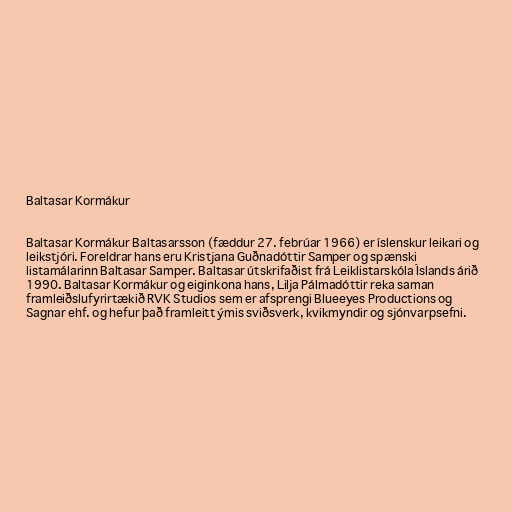
Baltasar Kormákur

Baltasar Kormákur Baltasarsson (fæddur 27. febrúar 1966) er íslenskur leikari og
leikstjóri. Foreldrar hans eru Kristjana Guðnadóttir Samper og spænski
listamálarinn Baltasar Samper. Baltasar útskrifaðist frá Leiklistarskóla Íslands árið
1990. Baltasar Kormákur og eiginkona hans, Lilja Pálmadóttir reka saman
framleiðslufyrirtækið RVK Studios sem er afsprengi Blueeyes Productions og
Sagnar ehf. og hefur það framleitt ýmis sviðsverk, kvikmyndir og sjónvarpsefni.